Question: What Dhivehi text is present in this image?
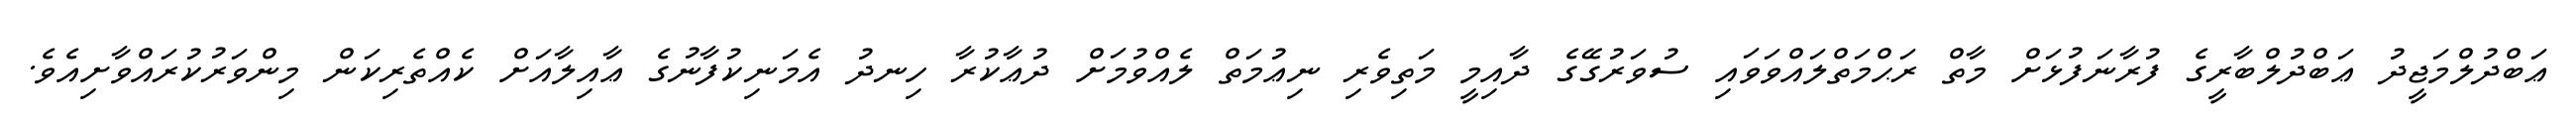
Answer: ޢަބްދުލްމަޖީދު ޢަބްދުލްބާރީގެ ފުރާނަފުޅަށް މާތް ރަޙްމަތްލައްވަވައި ސުވަރުގޭގެ ދާއިމީ މަތިވެރި ނިޢުމަތް ލެއްވުމަށް ދުޢާކުރާ ހިނދު އެމަނިކުފާނުގެ ޢާއިލާއަށް ކެއްތެރިކަން މިންވަރުކުރައްވާށިއެވެ.